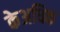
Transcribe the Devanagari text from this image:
केअधिक